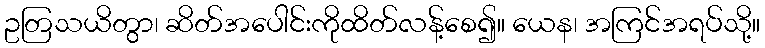
ဥတြသယိတွာ၊ ဆိတ်အပေါင်းကိုထိတ်လန့်စေ၍။ ယေန၊ အကြင်အရပ်သို့။